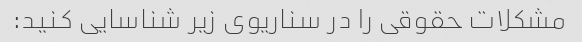
مشکلات حقوقی را در سناریوی زیر شناسایی کنید: